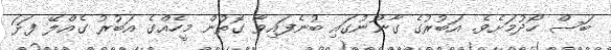
ބަސް ހޯދުމަށެވެ. އަބުރުގެ ގާނޫނުގައި ބުނެފައިވާ ގޮތުން މީހެއްގެ އަބުރު ގެއްލޭ ފަދަ